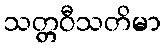
သတ္တဝီသတိမာ